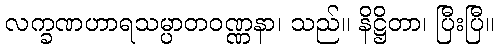
လက္ခဏဟာရသမ္ပာတဝဏ္ဏနာ၊ သည်။ နိဋ္ဌိတာ၊ ပြီးပြီ။